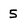
Character: 5